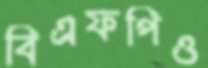
বিএফপিও